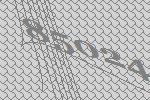
85024